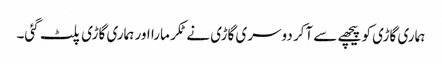
ہماری گاڑی کو پیچھے سے آکر دوسری گاڑی نے ٹکر مارا اور ہماری گاڑی پلٹ گئی۔